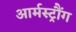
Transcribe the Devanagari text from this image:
आर्मस्ट्रौंग